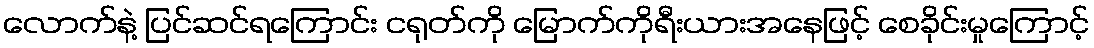
လောက်နဲ့ ပြင်ဆင်ရကြောင်း ငရုတ်ကို မြောက်ကိုရီးယားအနေဖြင့် စေခိုင်းမှုကြောင့်